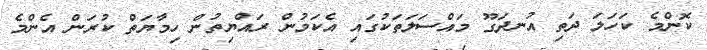
ކޮންމެ ކަހަލަ ދަތި އުނދަގޫ މައްސަލަތަކުގައި އެކަމުން ރައްޔިތުން ހިމާޔަތް ކުރަން އެންމެ